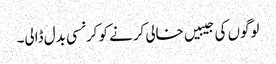
لوگوں کی جیبیں خالی کرنے کو کرنسی بدل ڈالی۔